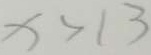
x > 1 3